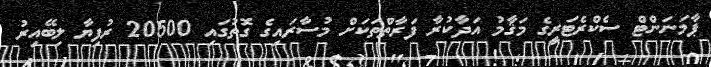
ޕާމަނަންޓް ސެކްރެޓަރީގެ މަޤާމު އަދާކުރާ ފަރާތްތަކަށް މުސާރައިގެ ގޮތުގައި 20500 ރުފިޔާ ލިބޭއިރު